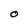
Character: O